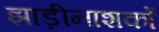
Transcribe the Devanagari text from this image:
झाड़ीनाशकों